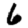
Digit: 6